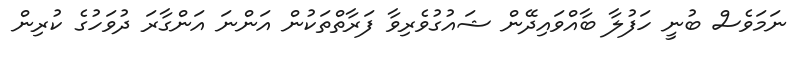
ނަމަވެސް ބުނީ ހަފުލާ ބާއްވައިދޭން ޝައުގުވެރިވާ ފަރާތްތަކުން އަންނަ އަންގާރަ ދުވަހުގެ ކުރިން